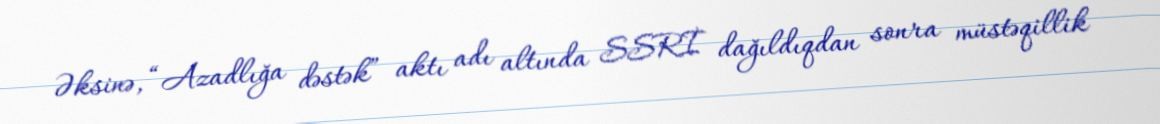
Əksinə, “Azadlığa dəstək” aktı adı altında SSRİ dağıldıqdan sonra müstəqillik